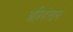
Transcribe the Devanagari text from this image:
अरिहंतानं